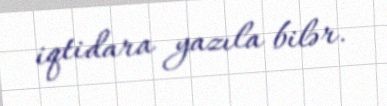
iqtidara yazıla bilər.